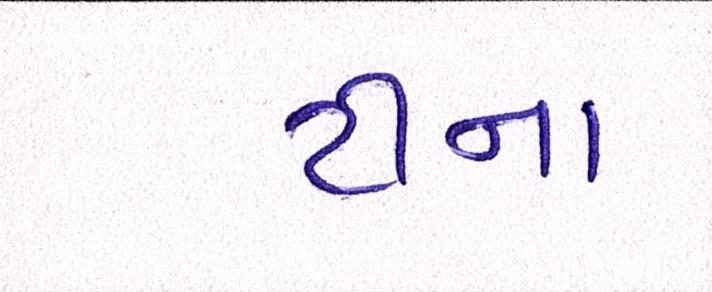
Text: ટીના